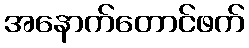
အနောက်တောင်ဖက်